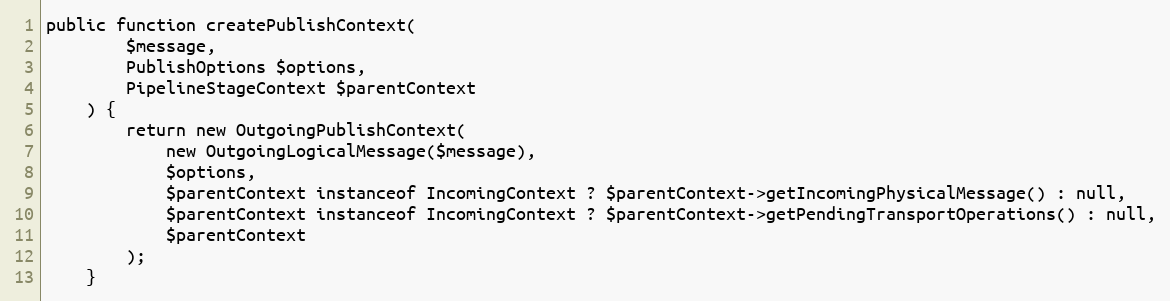
Language: PHP
public function createPublishContext(
        $message,
        PublishOptions $options,
        PipelineStageContext $parentContext
    ) {
        return new OutgoingPublishContext(
            new OutgoingLogicalMessage($message),
            $options,
            $parentContext instanceof IncomingContext ? $parentContext->getIncomingPhysicalMessage() : null,
            $parentContext instanceof IncomingContext ? $parentContext->getPendingTransportOperations() : null,
            $parentContext
        );
    }